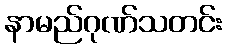
နာမည်ဂုဏ်သတင်း